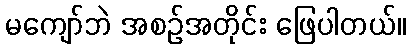
မကျော်ဘဲ အစဉ်အတိုင်း ဖြေပါတယ်။